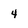
Character: 4